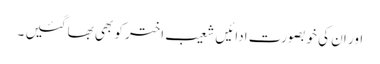
اور ان کی خوبصورت ادائیں شعیب اختر کو بھی بھا گئیں ۔